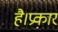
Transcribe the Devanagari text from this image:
है।प्रकार